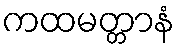
ကထမတ္တာနံ